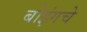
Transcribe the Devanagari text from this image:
बोइंगचे